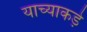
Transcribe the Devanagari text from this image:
याच्याकड़े